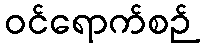
ဝင်ရောက်စဉ်